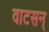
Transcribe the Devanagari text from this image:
वाटसन्